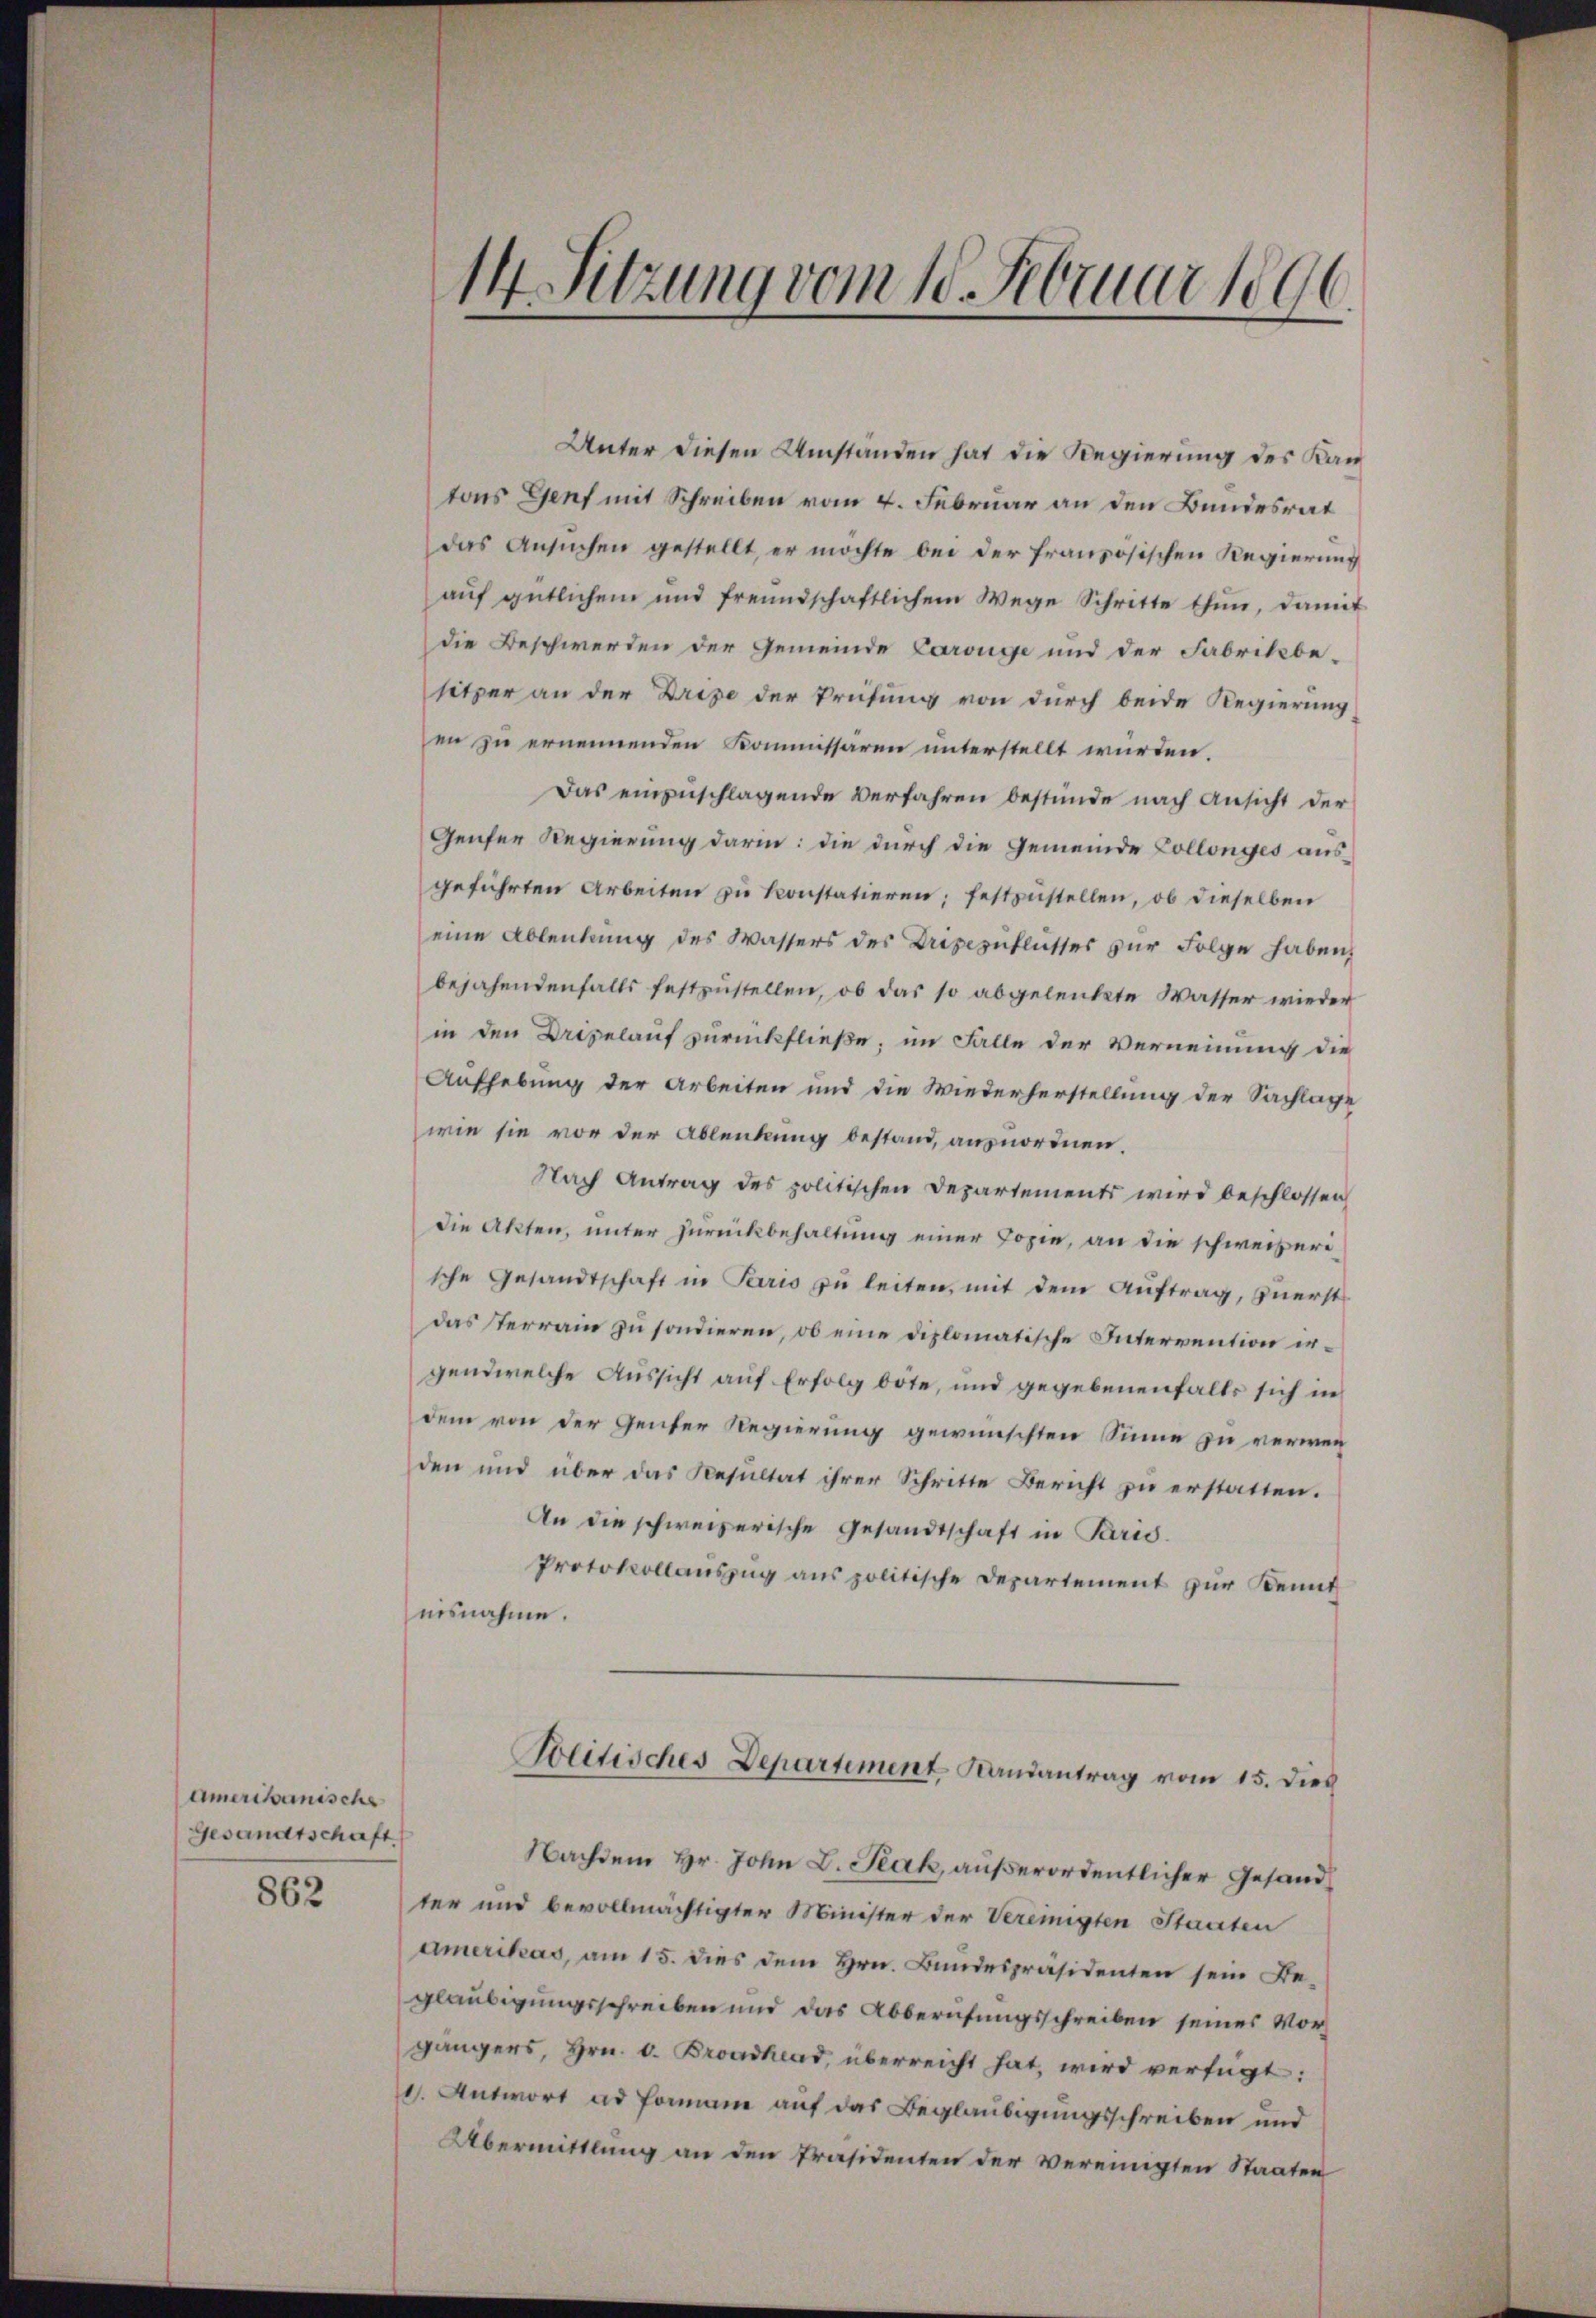
Amerikanische
Gesandtschaft.

862

Unter diesen Umständen hat die Regierung des Kantons Genf mit Schreiben vom 4. Februar an den Bundesrat
das Ansuchen gestellt, er möchte bei der französischen Regierung
aŭf gütlichem und freundschaftlichem Wege Schritte thun, damit
die Beschwerden der Gemeinde Carouge und der Fabrikbe-
sitzer an der Brixe der Prüfung von durch beide Regierung
en zu ernennenden Kommissären unterstellt würden.
Das einzuschlagende Verfahren bestünde nach Ansicht der
Genfer Regierung darin: die durch die Gemeinde Collonges ausgeführten Arbeiten zu konstatieren; festzustellen, ob dieselben
eine Ablenkung des Wassers des Dripezuflusses zur Folge haben,
bejahendenfalls festzŭstellen, ob das so abgelenkte Wasser wieder
in den Dripelauf zurückfließe, im Falle der Verneinung die
Aufhebung der Arbeiten und die Wiederherstellung der Sachlage
wie sie vor der Ablenkung bestand, anzuordnen.
Nach Antrag des politischen Departements wird beschlossen,
die Akten, unter Zurückbehaltung einer Copie, an die schweizerische Gesandtschaft in Paris zŭ leiten, mit dem Auftrag, zuerst
das Sterrain zu sondieren, ob eine diplomatische Intervention ergendwelche Aussicht auf Erfolg bote, und gegebenenfalls sich in
dem von der Genter Regierung gewünschten Sinne zu verwenden und über das Resultat ihrer Schritte Bericht zu erstatten.
An die schweizerische Gesandtschaft in Paris.
Protokollauszug aus politische Departement zur Kennt
misnahme.

1
14 Sitzung vom 10. Februar 189

Politisches Departement, Landantrag vom 15. dies

Nachdem Hr. John D. Prak, außerordentlicher Gesandter und bevollmächtigter Minister der Vereinigten Staaten
amerikas, am 15. dies dem Hrn. Bundespräsidenten sein Beglaubigungsschreiben und das Abberufungsschreiben seines Vorgängers, Hrn. v. Brodhad, überreicht hat, wird verfügt:
1. Antwort ad Forname auf das Beglaubigungsschreiben und
Übermittlung an den Präsidenten der Vereinigten Staaten